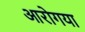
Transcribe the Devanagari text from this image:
आरोगया